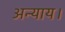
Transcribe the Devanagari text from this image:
अन्याय।